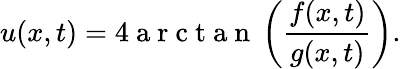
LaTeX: u(x,t)=4\mathrm{~a~r~c~t~a~n~}\left(\frac{f(x,t)}{g(x,t)}\right).